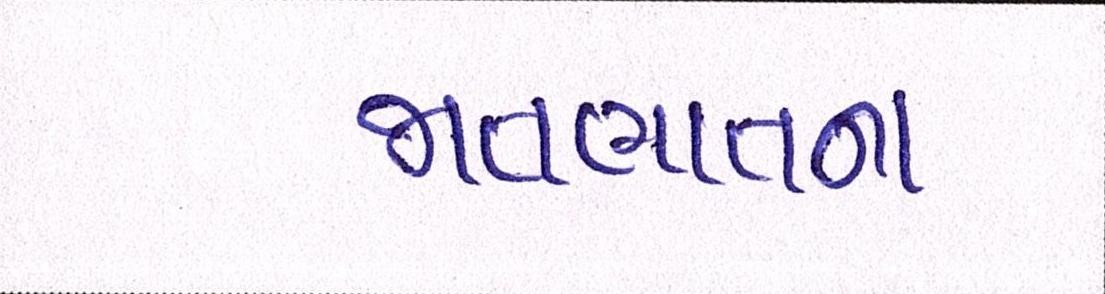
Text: જાતભાતના